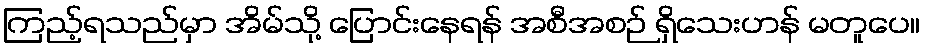
ကြည့်ရသည်မှာ အိမ်သို့ ပြောင်းနေရန် အစီအစဉ် ရှိသေးဟန် မတူပေ။